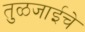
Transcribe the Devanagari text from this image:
तुळजाईचे